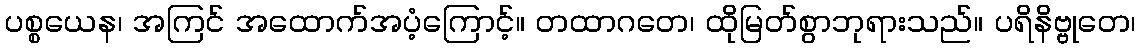
ပစ္စယေန၊ အကြင် အထောက်အပံ့ကြောင့်။ တထာဂတေ၊ ထိုမြတ်စွာဘုရားသည်။ ပရိနိဗ္ဗုတေ၊